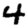
Digit: 4